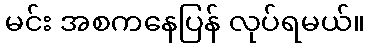
မင်း အစကနေပြန် လုပ်ရမယ်။